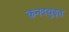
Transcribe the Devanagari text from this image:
कनदयुइत